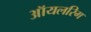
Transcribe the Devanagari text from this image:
ऑयलरिग